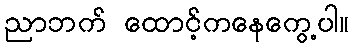
ညာဘက် ထောင့်ကနေကွေ့ပါ။